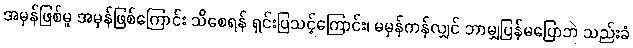
အမှန်ဖြစ်မူ အမှန်ဖြစ်ကြောင်း သိစေရန် ရှင်းပြသင့်ကြောင်း၊ မမှန်ကန်လျှင် ဘာမျှပြန်မပြောဘဲ သည်းခံ